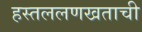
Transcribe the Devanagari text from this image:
हस्तललणखताची